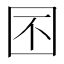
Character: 囨